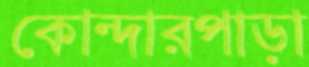
কোন্দারপাড়া